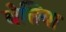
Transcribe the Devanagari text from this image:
बेत्तिया